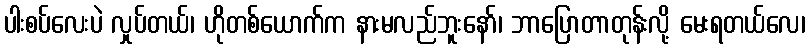
ပါးစပ်လေးပဲ လှုပ်တယ်၊ ဟိုတစ်ယောက်က နားမလည်ဘူးနော်၊ ဘာပြောတာတုန်းလို့ မေးရတယ်လေ၊